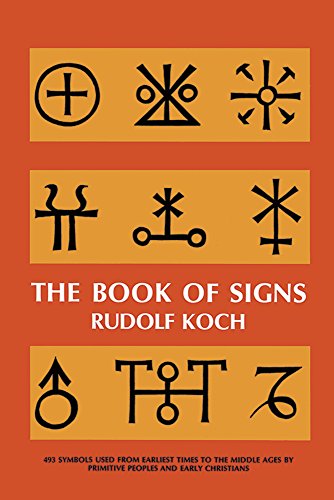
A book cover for The Book of Signs (Dover Pictorial Archive); Rudolf Koch; Arts & Photography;